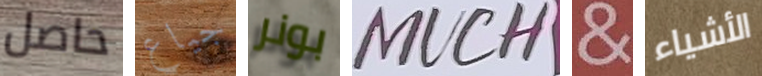
حاصل جياع بونر MUCH & الأشياء